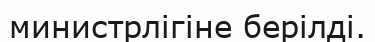
министрлігіне берілді.